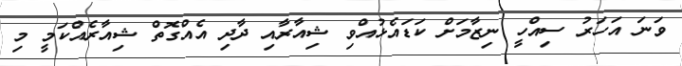
ވަނަ އަހަރު ސިއްހީ ނިޒާމަށް ކަޑައެޅުއްވި ޝިއާރާއި ދާދި އެއްގޮތް ޝިއާރެއްކަމީ މި